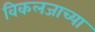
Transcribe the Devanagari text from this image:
विकलजाच्या